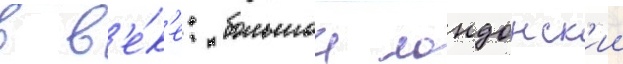
в в'е́к'е: большои лондонск'ии